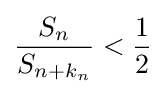
{\frac {S_{n}}{S_{n+k_{n}}}}<{\frac {1}{2}}